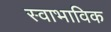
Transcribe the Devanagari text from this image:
स्‍वाभाविक